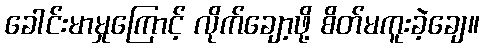
ခေါင်းမာမှုကြောင့် လိုက်ချော့ဖို့ စိတ်မကူးခဲ့ချေ။